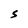
Character: S